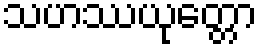
သဟဿယုတ္တော